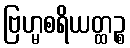
ဗြဟ္မစရိယတ္ထဉ္စ